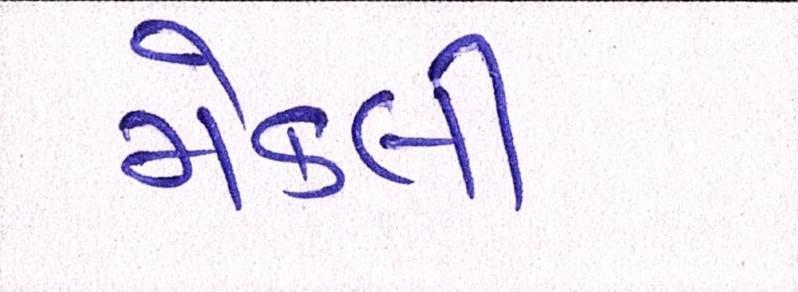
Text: મેકલી